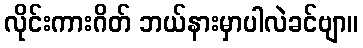
လိုင်းကားဂိတ် ဘယ်နားမှာပါလဲခင်ဗျာ။